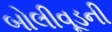
બોલીવૂડની